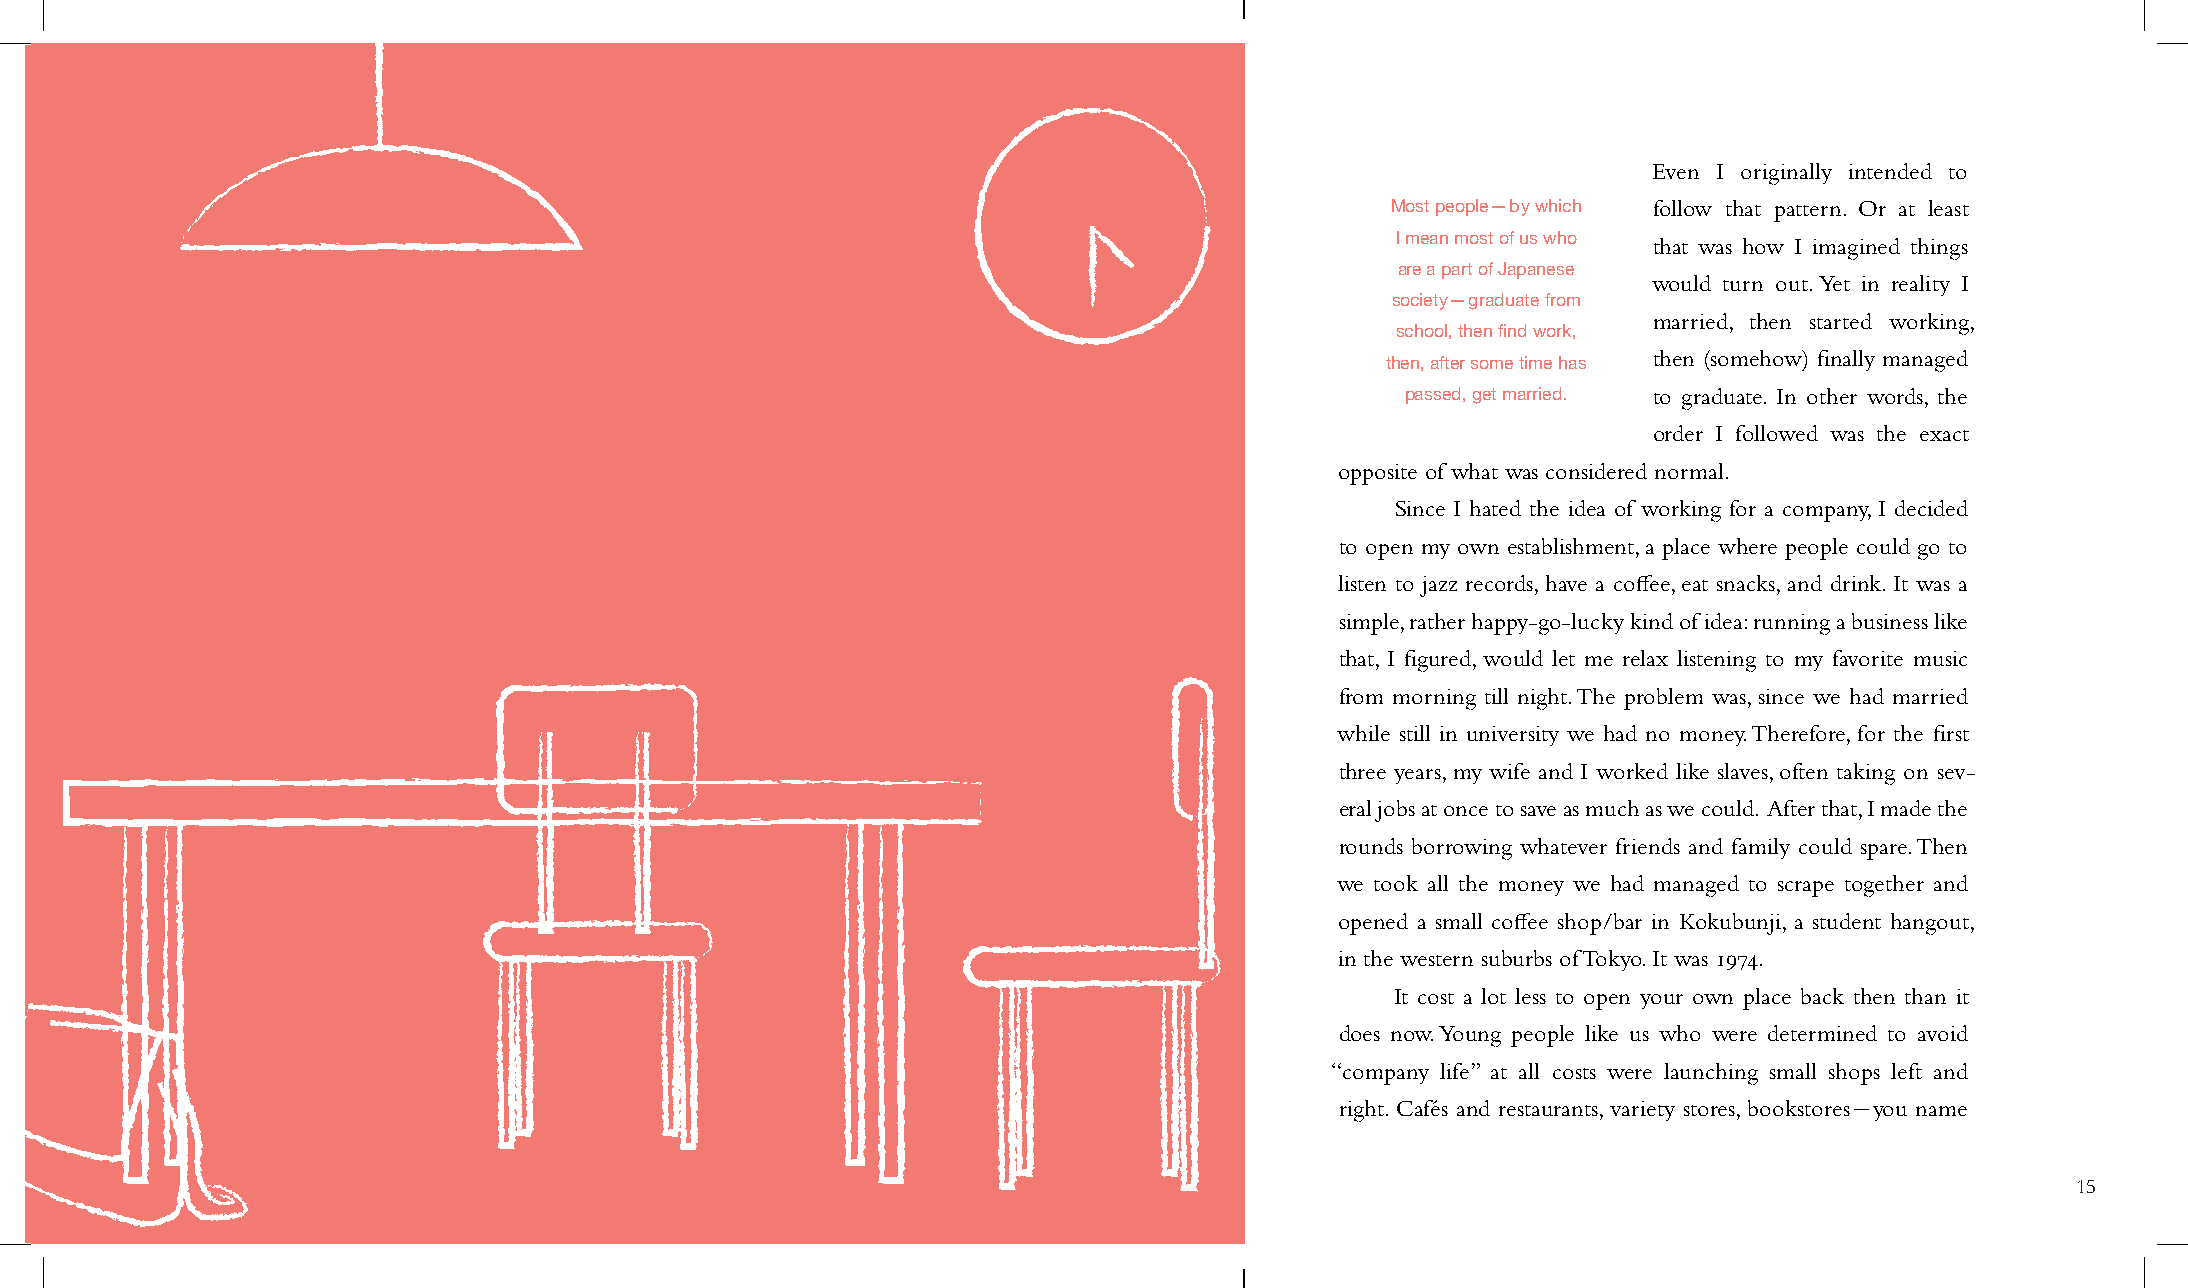
Even I originally intended to
 Most people—by which follow that pattern. Or at least
 I mean most of us who that was how I imagined things
 are a part of Japanese
 would turn out. Yet in reality I
 society—graduate from
 married, then started working,
 school, then find work,
 then (somehow) finally managed
 then, after some time has
 passed, get married. to graduate. In other words, the
 order I followed was the exact
 opposite of what was considered normal.
 Since I hated the idea of working for a company, I decided
 to open my own establishment, a place where people could go to
 listen to jazz records, have a coffee, eat snacks, and drink. It was a
 simple, rather happy-go-lucky kind of idea: running a business like
 that, I figured, would let me relax listening to my favorite music
 from morning till night. The problem was, since we had married
 while still in university we had no money. Therefore, for the first
 three years, my wife and I worked like slaves, often taking on sev-
 eral jobs at once to save as much as we could. After that, I made the
 rounds borrowing whatever friends and family could spare. Then
 we took all the money we had managed to scrape together and
 opened a small coffee shop/bar in Kokubunji, a student hangout,
 in the western suburbs of Tokyo. It was 1974.
 It cost a lot less to open your own place back then than it
 does now. Young people like us who were determined to avoid
 “company life” at all costs were launching small shops left and
 right. Cafés and restaurants, variety stores, bookstores-you name
 15